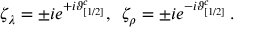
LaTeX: \zeta _ { \lambda } = \pm i e ^ { + i \vartheta _ { [ 1 / 2 ] } ^ { c } } , \, \, \, \zeta _ { \rho } = \pm i e ^ { - i \vartheta _ { [ 1 / 2 ] } ^ { c } } \, .